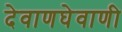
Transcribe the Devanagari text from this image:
देवाणघेवाणी